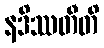
နဒိဿတီတိ